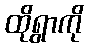
ထိုရွာကို